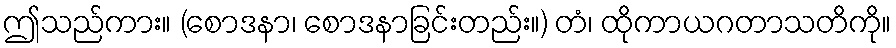
ဤသည်ကား။ (စောဒနာ၊ စောဒနာခြင်းတည်း။) တံ၊ ထိုကာယဂတာသတိကို။